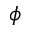
\phi